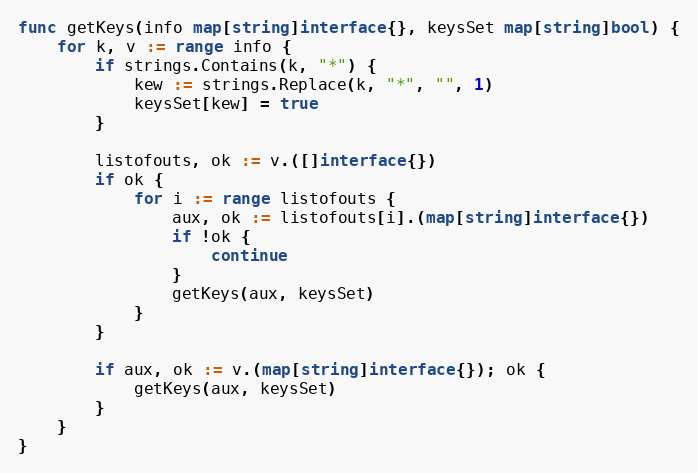
Language: Go
func getKeys(info map[string]interface{}, keysSet map[string]bool) {
	for k, v := range info {
		if strings.Contains(k, "*") {
			kew := strings.Replace(k, "*", "", 1)
			keysSet[kew] = true
		}

		listofouts, ok := v.([]interface{})
		if ok {
			for i := range listofouts {
				aux, ok := listofouts[i].(map[string]interface{})
				if !ok {
					continue
				}
				getKeys(aux, keysSet)
			}
		}

		if aux, ok := v.(map[string]interface{}); ok {
			getKeys(aux, keysSet)
		}
	}
}